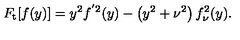
F _ { \mathrm { t } } [ f ( y ) ] = y ^ { 2 } f ^ { ^ { \prime } 2 } ( y ) - \left( y ^ { 2 } + \nu ^ { 2 } \right) f _ { \nu } ^ { 2 } ( y ) .